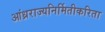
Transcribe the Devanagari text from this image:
आंध्रराज्यनिर्मितीकरिता